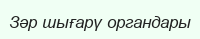
Зәр шығарү органдары